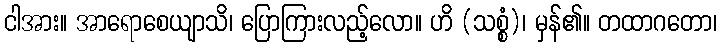
ငါအား။ အာရောစေယျာသိ၊ ပြောကြားလည့်လော။ ဟိ (သစ္စံ)၊ မှန်၏။ တထာဂတော၊